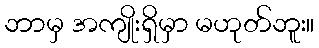
ဘာမှ အကျိုးရှိမှာ မဟုတ်ဘူး။